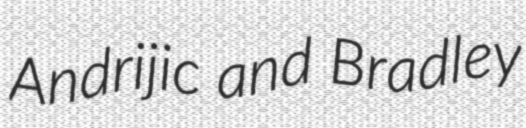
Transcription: Andrijic and Bradley